Annual report on the lock hospitals of the Madras Presidency
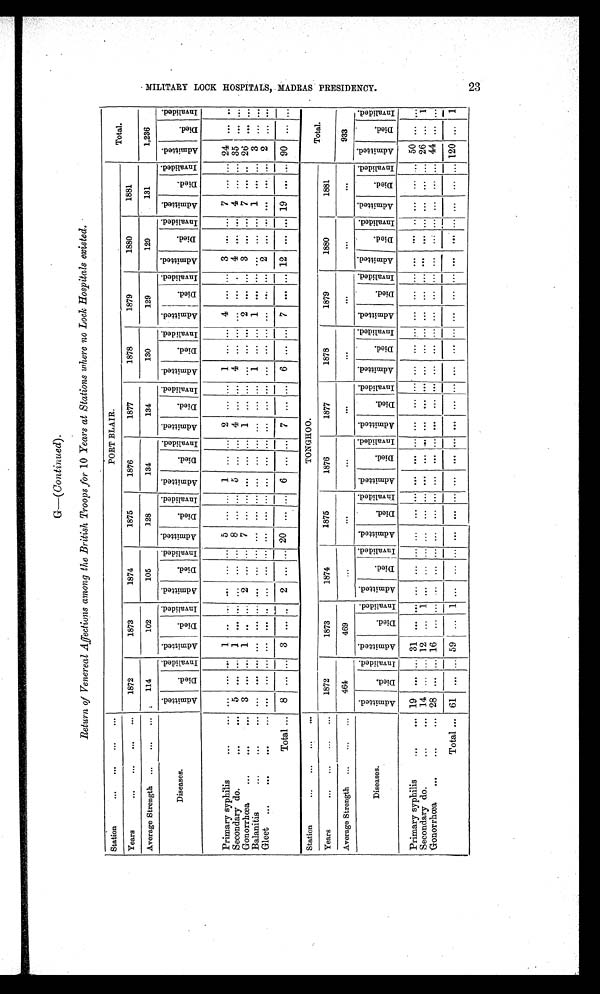
G—(Continued) .
Return of Venereal Affections among the British Troops for 10 Years at Stations where no Lock Hospitals existed.
Station
... ...
PORT BLAIR.
Total.
Years
... ... ... ...
1872
1873
1874
1875
1876
1877
1878
1879
1880
1881
Average Strength ... ... ...
114
102
105
128
134
134
130
129
129
131
1,236
Diseases.
A d m i t t e d .
D i e d . I n v a l i d e d . A d m i t t e d . D i e d . I n v a l i d e d . A d m i t t e d . D i e d . I n v a l i d e d . A d m i t t e d . D i e d . I n v a l i d e d . A d m i t t e d . D i e d . D i e d . I n v a l i d e d
. A d m i t t e d. D i e d
. I n v a l i d e d . A d m i t t e d . D i e d . I n v a l i d e d . A d m i t t e d . D i e d . I n v a l i d e d . A d m i t t e d . D i e d . I n v a l i d e d . A d m i t t e d . D i e d . I n v a l i d e d . A d m i t t e d . D i e d .
I n v a l i d e d .
Primary syphilis
... ... ... ... ...
1 . .
... ... ... ...
5
... ...
1
... ...
2
... ...
1
... ...
4
... ...
3 ... ... 7 ... ... 24
Secondary do.
... ...
5
... ...
1 ... ... ... ... ... 8 ... ... 5 ... ... 4 ... ... 4 ... ...
... ... ...
4 ... ... 4 ... ... 35 ... ...
Gonorrhœa ...
... ...
3
... ...
1 .. ... 2 ... ... 7 ... ... ... ... ... 1 ... ...
... ... ...
2
... ...
3 ... ... 7 ... .. 26
... ...
Balanitis
... ... ...
... ... ... ... ... ... ... ... ... ... ... ... ... ... ... ... ... ...
1
... ...
1
... ... ...
...
...
1
...
... 3 ... ...
Gleet ...
...
... ...
. . .
... ... ... ... ... ... ... ... ... ... ... ... ... ... ... ... ... ... ... ... ... ... ...
2
... ... ... ... ...
2
...
...
Total ...
8
... ...
3
... ...
2
... ...
2 0
... ...
6
... ...
7
... ...
6
... ...
7
... ...
12
... ...
19
... ...
90
... ...
Station
... ... . . . . . .
TONGHOO.
Total.
Years
... ... ... ...
1872
1873
1874
1875
1876
1877
1878
1879
1880
1881
Average Strength ... ... ...
464
469
...
...
... ...
...
...
...
...
933
Diseases.
A d m i t t e d .
D i e d . I n v a l i d e d . A d m i t t e d . D i e d . I n v a l i d e d
. A d m i t t e d . D i e d .
i n v a l i d e d . A d m i t t e d . D i e d . I n v a l i d e d . A d m i t t e d .
D i e d . I n v a l i d e d . A d m i t t e d . D i e d . I n v a l i d e d . A d m i t t e d . D i e d . I n v a l i d e d . Ad mi t t e d . D i e d . I n v a l i d e d . A d m i t t e d .
D i e d . I n v a l i d e d . A d m i t t e d . D i e d . I n v a l i d e d . A d m i t t e d . D i e d . I n v a l i d e d .
Primary syphilis
. . . . . .
1 9 . . . . . .
31
... ... ... ... ... ... ... ... ... ... ... ... ... ... ... ... ... ... ... ... ... ... ... ... ... ...
5 0
... ...
Secondary do.
...
...
1 4
... ...
12
... ...
1
... ... ... ... ... ... ... ... ... ... ... ... ... ... ... ... ... ... ... ... ... ... ...
2 6
...
1
Gonorrhœa
...
...
28
... ...
16
... ... ... ... ... ... ... ... ... ... ... ... ... ... ... ... ... ... ... ... ... ... ... ... ... ...
4 4
... ...
Total ...
6 1
... ...
59
...
1
... ... ... ... ... ... ... ... ... ... ... ... ... ... ... ... ... ... ... ... ... ... ... ...
1 2 0
...
1
M I L I T A R Y L O O K H O S P I T A L , M A D R A S P R E S I D E N C Y .
23